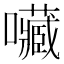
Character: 𡅆